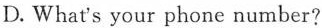
D.What's your phone number?